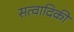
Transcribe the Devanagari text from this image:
सत्वादिकीं